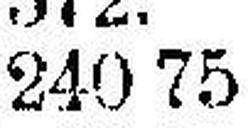
240 75